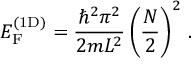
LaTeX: E _ { \mathrm { F } } ^ { ( { \mathrm { 1 D } } ) } = { \frac { \hbar ^ { 2 } \pi ^ { 2 } } { 2 m L ^ { 2 } } } \left( { \frac { N } { 2 } } \right) ^ { 2 } \, .